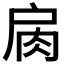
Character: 𢩌